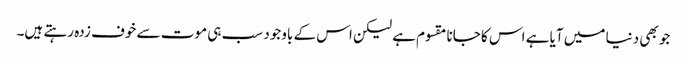
جو بھی دنیا میں آیا ہے اس کا جانا مقسوم ہے لیکن اس کے باوجود سب ہی موت سے خوف زدہ رہتے ہیں۔